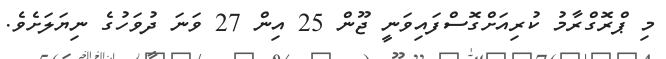
މި ޕްރޮގްރާމު ކުރިއަށްގޮސްފައިވަނީ ޖޫން 25 އިން 27 ވަނަ ދުވަހުގެ ނިޔަލަށެވެ.